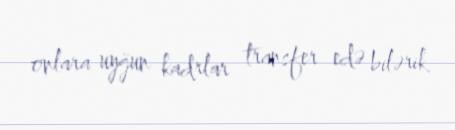
onlara uyğun kadrlar transfer edə bilərik.